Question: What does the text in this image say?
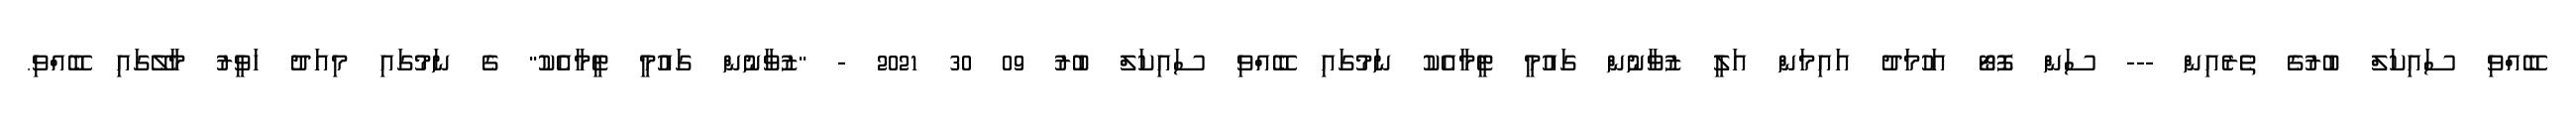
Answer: ބޭއްވި ސައިކަލް ބުރުގެ ތެރެއިން --- ސަން ފޮޓޯ އަހުމަދު އައިމަން އަލީ ޒުވާނުން ގައުމީ ޓީމާއެކު ނަމުގައި ބޭއްވި ސައިކަލް ބުރު 09 30 2021 - "ޒުވާނުން ގައުމީ ޓީމާއެކު" ގެ ނަމުގައި މިއަދު ހަވީރު މާލޭގައި ބޭއްވި.